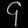
Digit: ၄